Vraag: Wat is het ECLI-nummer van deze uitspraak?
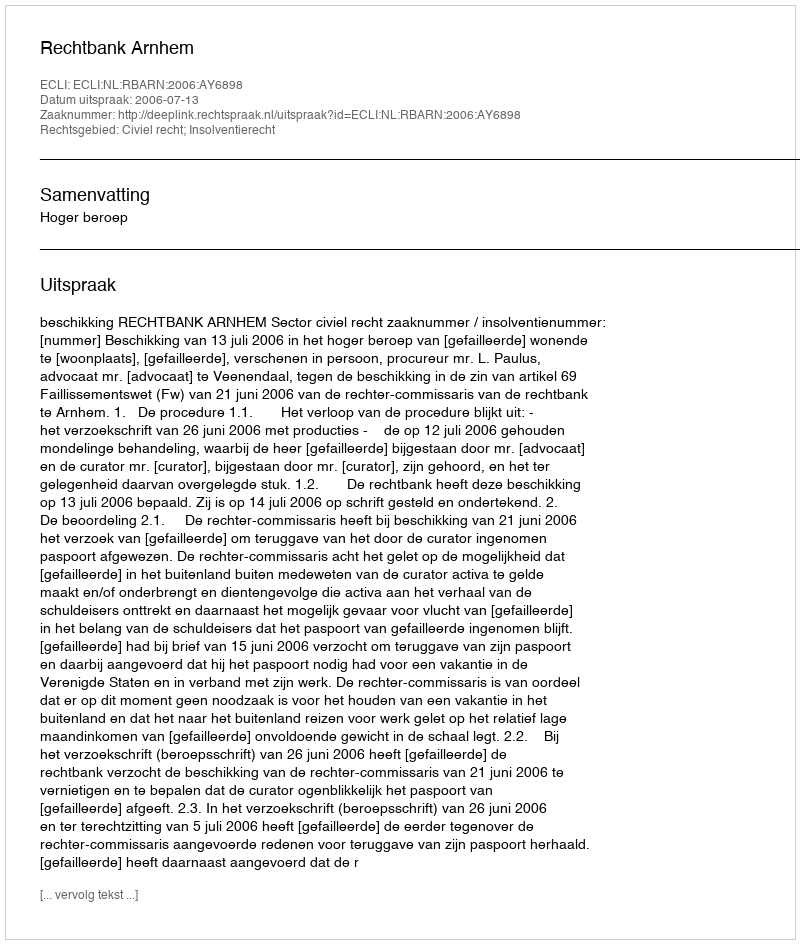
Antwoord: ECLI:NL:RBARN:2006:AY6898